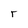
Character: r